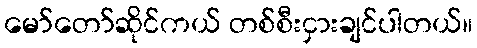
မော်တော်ဆိုင်ကယ် တစ်စီးငှားချင်ပါတယ်။